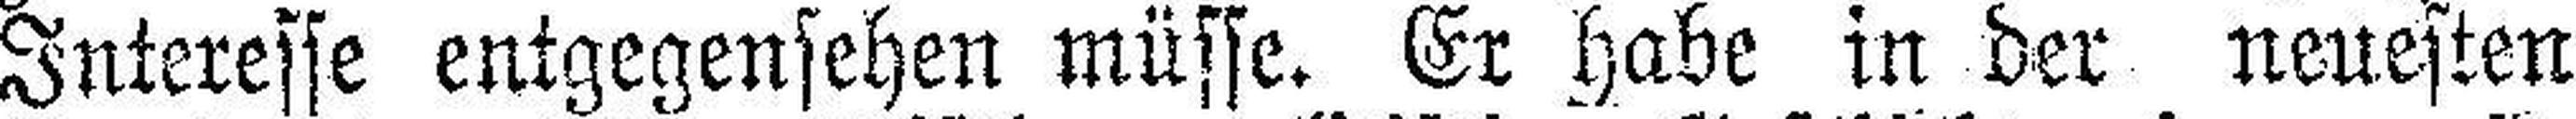
Interesse entgegensehen müsse. Er habe in der neuesten